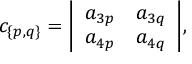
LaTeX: c _ { \{ p , q \} } = { \left| \begin{array} { l l } { a _ { 3 p } } & { a _ { 3 q } } \\ { a _ { 4 p } } & { a _ { 4 q } } \end{array} \right| } ,